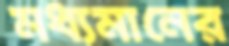
মধ্যমানের